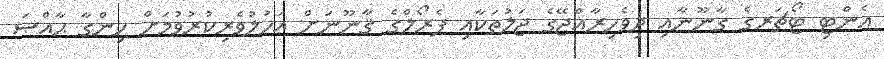
އެންޓި ޓޯޗަރގެ ގާނޫނާއި ދިވެހިރާއްޖޭގެ ޖަލުތަކާއި ޕެރޯލްގެ ޤާނޫނަށް އަހުލުވެރިކުރުވުމަށް ހިންގާ ޙާއްޞަ